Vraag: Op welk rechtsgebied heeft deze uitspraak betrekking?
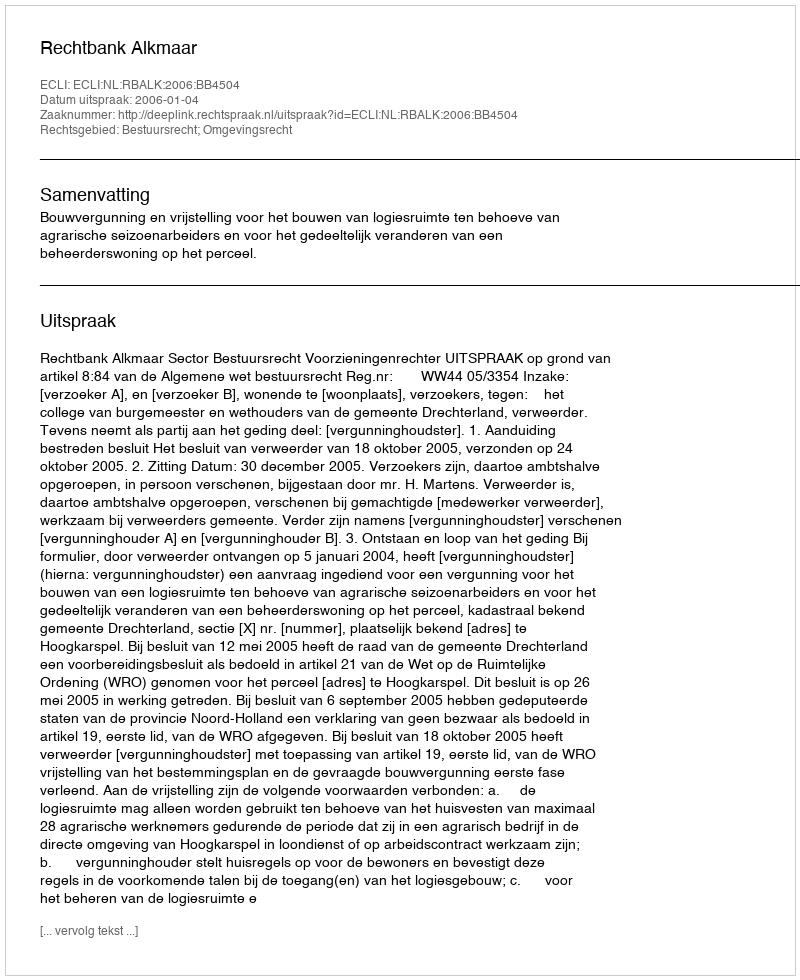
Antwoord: Bestuursrecht; Omgevingsrecht